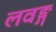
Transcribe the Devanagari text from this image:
लवङ्ग